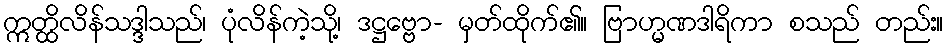
ဣတ္ထိလိန်သဒ္ဒါသည်၊ ပုံလိန်ကဲ့သို့၊ ဒဋ္ဌဗ္ဗော- မှတ်ထိုက်၏။ ဗြာဟ္မဏဒါရိကာ စသည် တည်း။